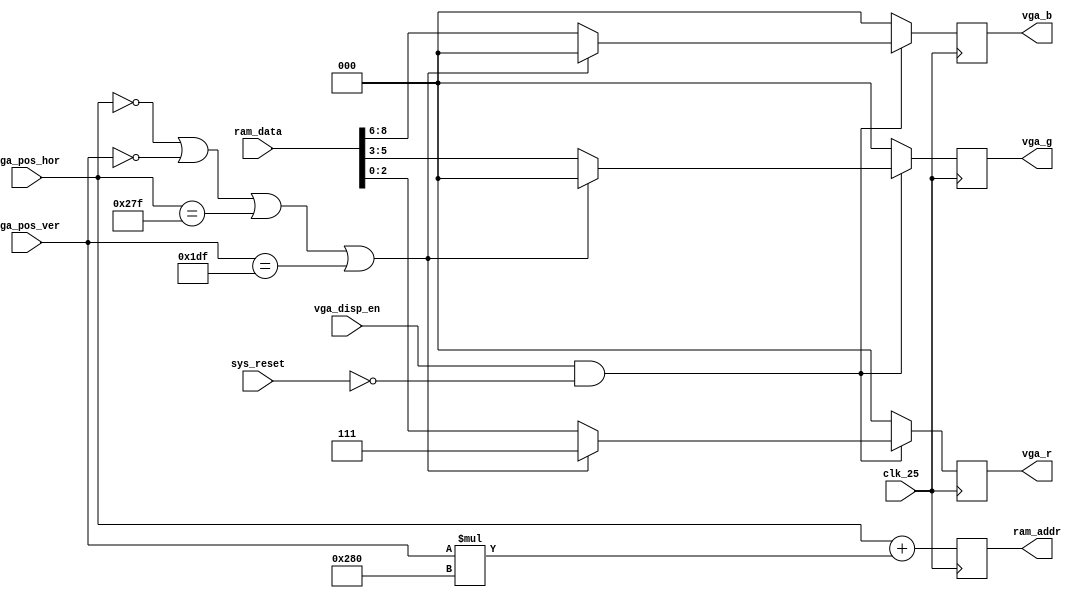
//
// Description: Generates VGA test pattern
//

`default_nettype none

//Module description
module vga_test_pattern( clk_25, sys_reset, vga_r, vga_g, vga_b, vga_disp_en, vga_pos_hor, vga_pos_ver, ram_addr, ram_data );

//IO definitions
input clk_25;
input sys_reset;

output [2:0] vga_r;
output [2:0] vga_g;
output [2:0] vga_b;

input vga_disp_en;
input [9:0] vga_pos_hor;
input [9:0] vga_pos_ver;

output [17:0] ram_addr;
input [15:0] ram_data;

//VGA parameters
parameter h_pixels = 640; //H-PIX Number of pixels horisontally
parameter v_pixels = 480; //V-PIX Number of pixels vertically

//IO registers
reg [2:0] vga_r_r;
reg [2:0] vga_g_r;
reg [2:0] vga_b_r;
reg [17:0] ram_addr_r;

//IO assignments
assign vga_r = vga_r_r;
assign vga_g = vga_g_r;
assign vga_b = vga_b_r;
assign ram_addr = ram_addr_r;

always @ (posedge clk_25) begin
  ram_addr_r = vga_pos_hor+(vga_pos_ver*h_pixels);
  if(vga_disp_en == 1 && sys_reset == 0) begin
    if(vga_pos_hor == 0 || vga_pos_ver == 0 || vga_pos_hor == h_pixels-1 || vga_pos_ver == v_pixels-1) begin //Border
      vga_r_r <= 7;
      vga_g_r <= 0;
      vga_b_r <= 0;
    end else begin //Everything else
      vga_r_r <= ram_data[2:0];
      vga_g_r <= ram_data[5:3];
      vga_b_r <= ram_data[8:6];
    end
  end else begin //When display is not enabled
    vga_r_r <= 0;
    vga_g_r <= 0;
    vga_b_r <= 0;
  end
end

endmodule